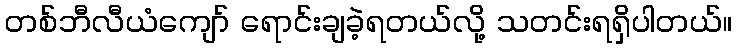
တစ်ဘီလီယံကျော် ရောင်းချခဲ့ရတယ်လို့ သတင်းရရှိပါတယ်။